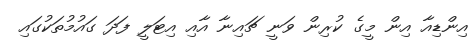
އިންޑިއާ އިން މީގެ ކުރިން ވަނީ ޗައިނާ އާއި އިޓަލީ ފަދަ ގައުމުތަކުގައި